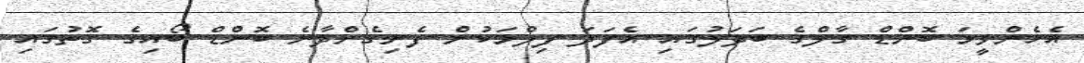
އެހެންވީމަ ބޮންޑް ގާލްގެ ބަދަލުގައި އެފަދަ ފިލްމަކުން ފެނިގެންދާނެ ބޮންޑް ބޯއިގެ ގޮތުގައި